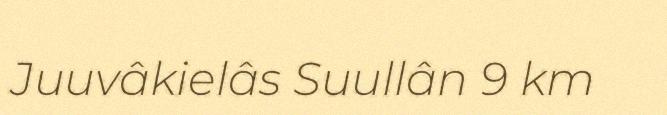
Juuvâkielâs Suullân 9 km